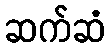
ဆက်ဆံ